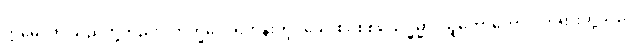
ဣမေ၊ ဤသည်တို့တည်း။ ဘိက္ခဝေ၊ ရဟန်းတို့။ ခေါ၊ စင်စစ်။ သဒ္ဓမ္မာ၊ သူတော်ကောင်းတရားတို့သည်။